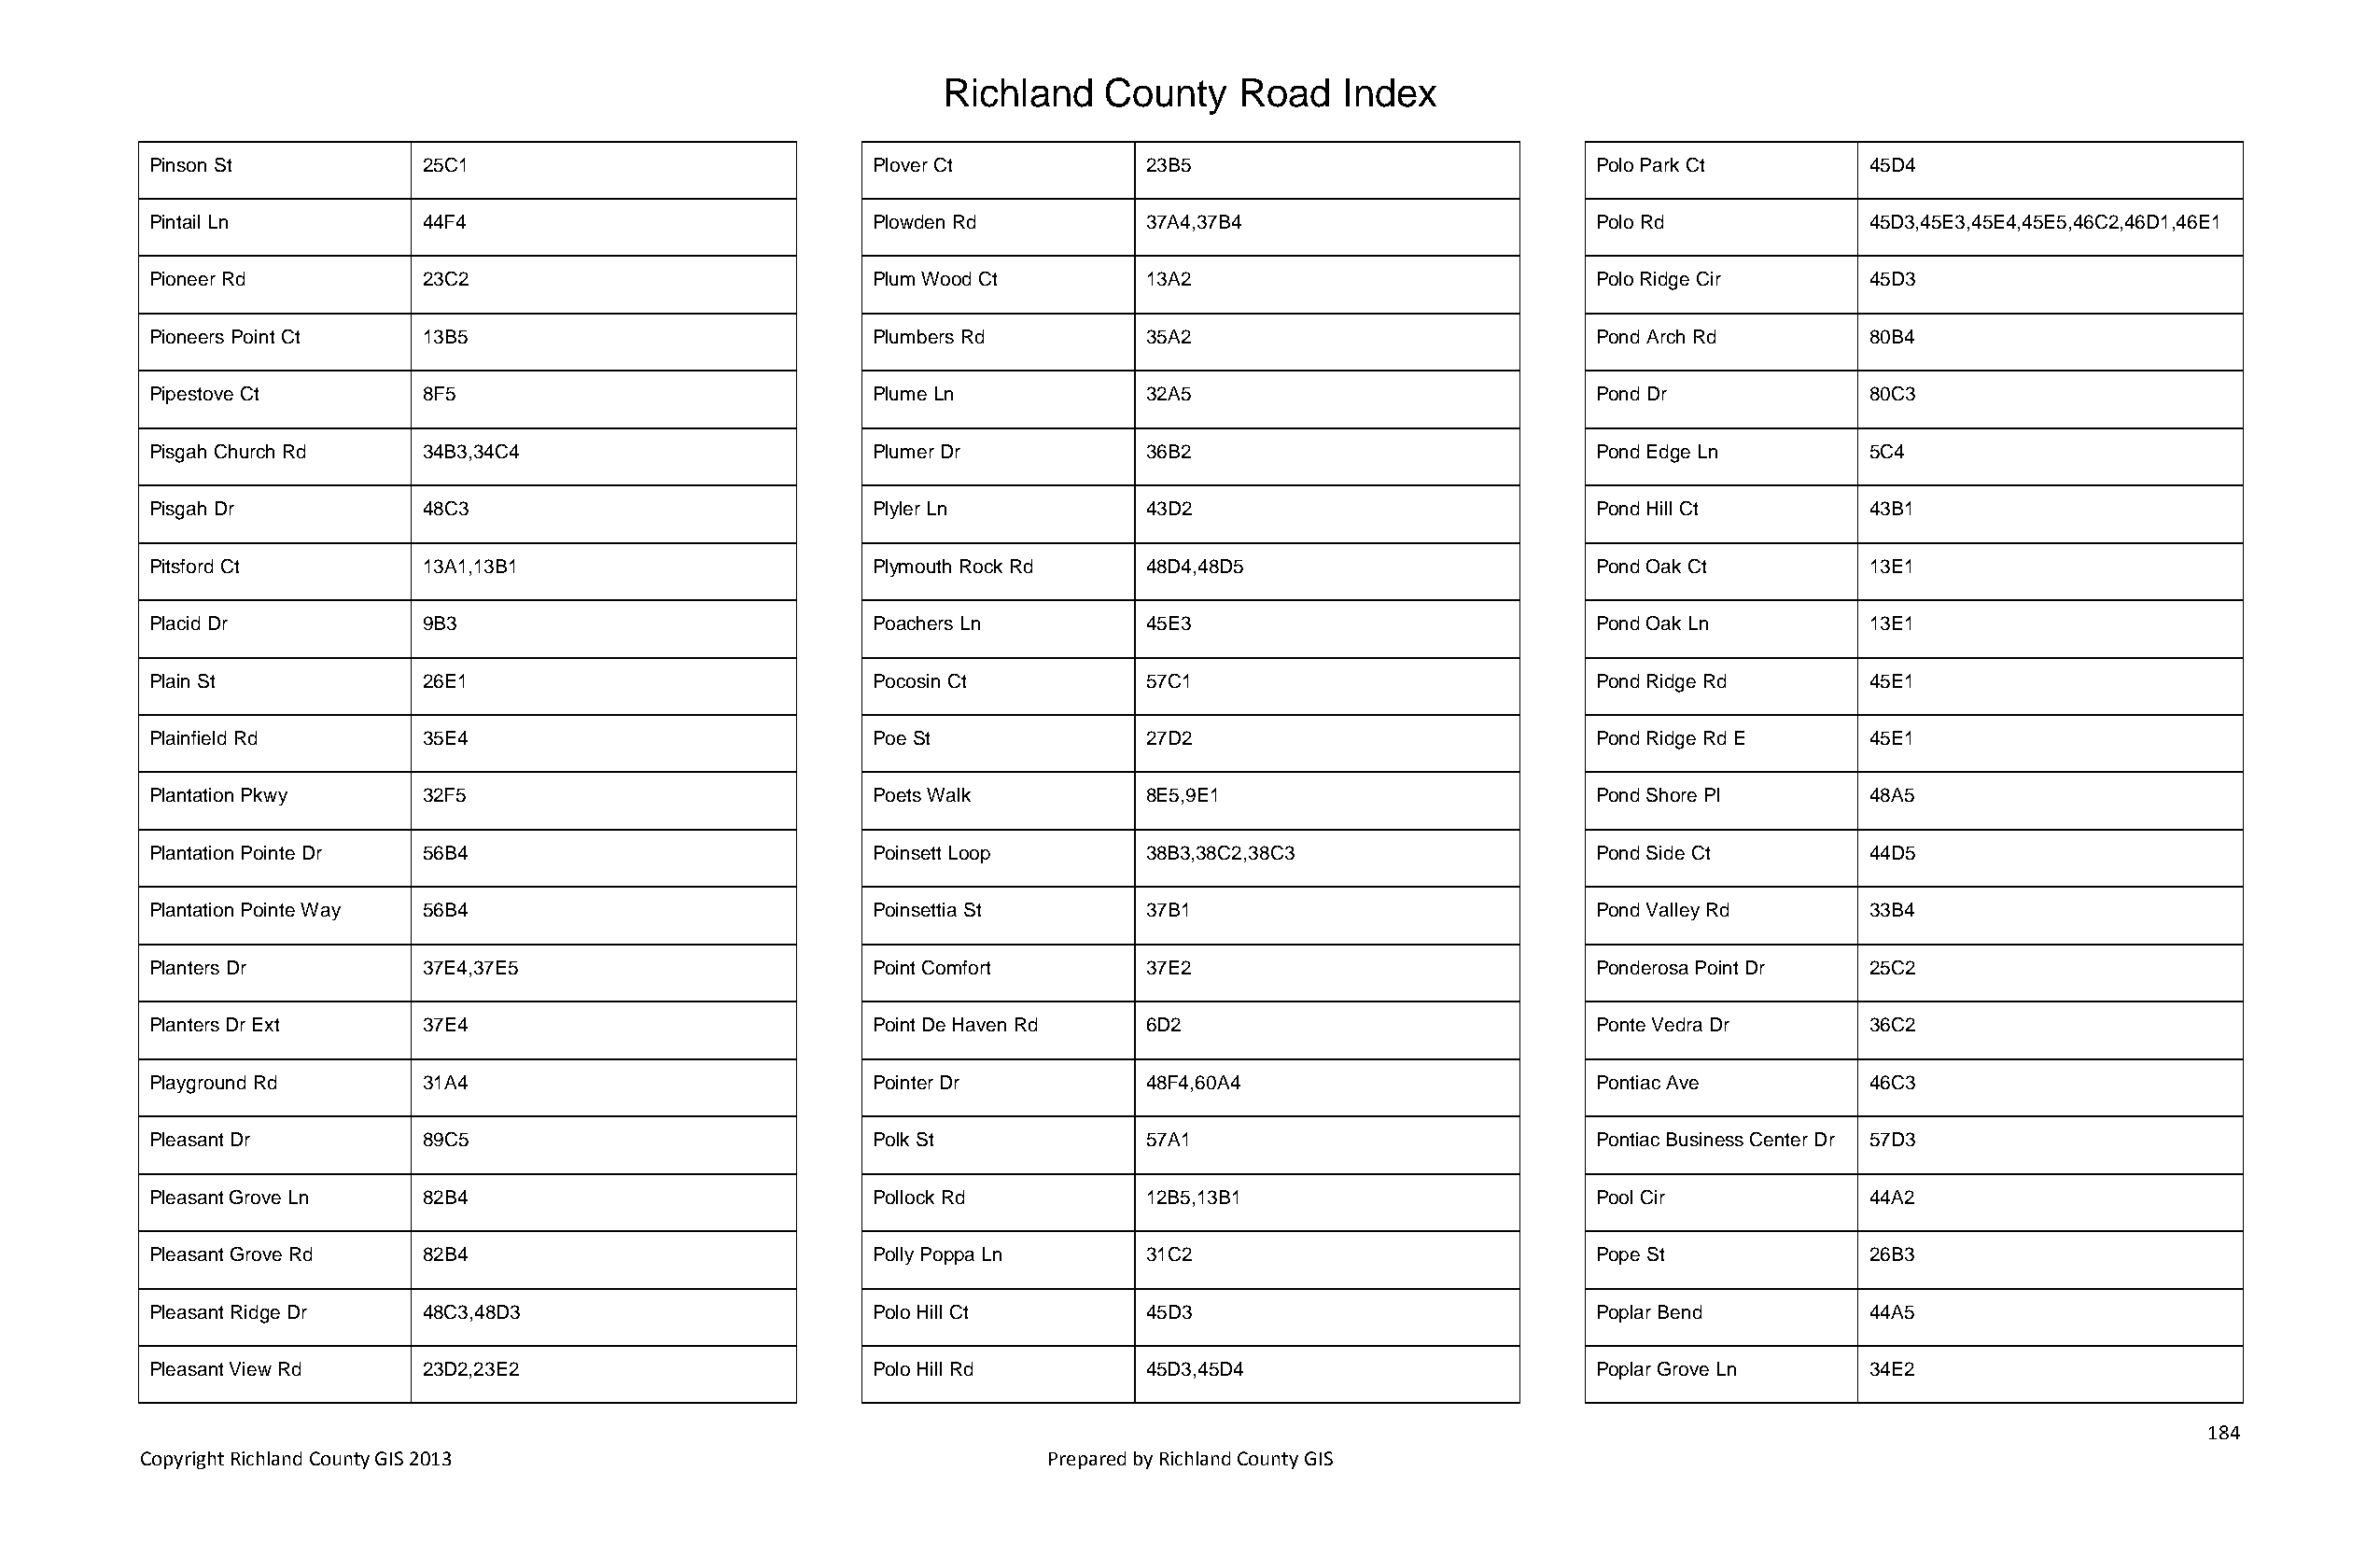
Richland   County    Road   Index
 Pinson St          25C1                            Plover Ct          23B5                            Polo Park Ct        45D4
 Pintail Ln         44F4                            Plowden Rd         37A4,37B4                       Polo Rd             45D3,45E3,45E4,45E5,46C2,46D1,46E1
 Pioneer Rd         23C2                            Plum Wood Ct       13A2                            Polo Ridge Cir      45D3
 Pioneers Point Ct  13B5                            Plumbers Rd        35A2                            Pond Arch Rd        80B4
 Pipestove Ct       8F5                             Plume Ln           32A5                            Pond Dr             80C3
 Pisgah Church Rd   34B3,34C4                       Plumer Dr          36B2                            Pond Edge Ln        5C4
 Pisgah Dr          48C3                            Plyler Ln          43D2                            Pond Hill Ct        43B1
 Pitsford Ct        13A1,13B1                       Plymouth Rock Rd   48D4,48D5                       Pond Oak Ct         13E1
 Placid Dr          9B3                             Poachers Ln        45E3                            Pond Oak Ln         13E1
 Plain St           26E1                            Pocosin Ct         57C1                            Pond Ridge Rd       45E1
 Plainfield Rd      35E4                            Poe St             27D2                            Pond Ridge Rd E     45E1
 Plantation Pkwy    32F5                            Poets Walk         8E5,9E1                         Pond Shore Pl       48A5
 Plantation Pointe Dr 56B4                          Poinsett Loop      38B3,38C2,38C3                  Pond Side Ct        44D5
 Plantation Pointe Way 56B4                         Poinsettia St      37B1                            Pond Valley Rd      33B4
 Planters Dr        37E4,37E5                       Point Comfort      37E2                            Ponderosa Point Dr  25C2
 Planters Dr Ext    37E4                            Point De Haven Rd  6D2                             Ponte Vedra Dr      36C2
 Playground Rd      31A4                            Pointer Dr         48F4,60A4                       Pontiac Ave         46C3
 Pleasant Dr        89C5                            Polk St            57A1                            Pontiac Business Center Dr 57D3
 Pleasant Grove Ln  82B4                            Pollock Rd         12B5,13B1                       Pool Cir            44A2
 Pleasant Grove Rd  82B4                            Polly Poppa Ln     31C2                            Pope St             26B3
 Pleasant Ridge Dr  48C3,48D3                       Polo Hill Ct       45D3                            Poplar Bend         44A5
 Pleasant View Rd   23D2,23E2                       Polo Hill Rd       45D3,45D4                       Poplar Grove Ln     34E2
 184
 Copyright Richland County GIS 2013                              Prepared by Richland County GIS